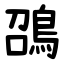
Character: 䳂